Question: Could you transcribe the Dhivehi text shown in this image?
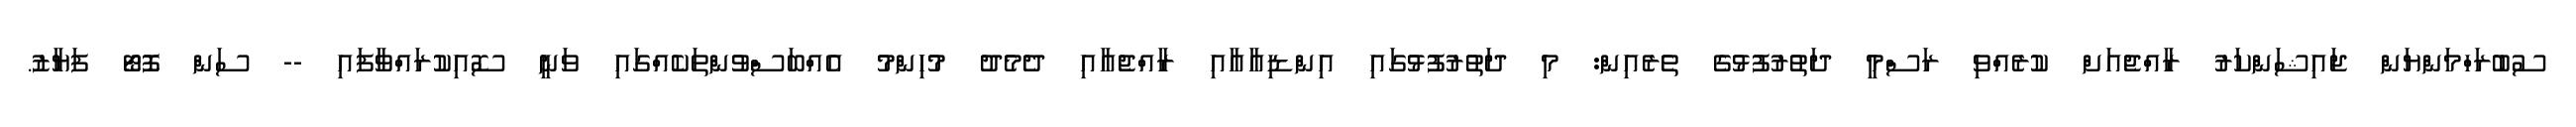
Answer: ސުބުރަހްމަންޔަން ޖައިޝަންކަރު ރާއްޖެއަށް ކުރެއްވި ރަސްމީ ދަތުރުފުޅުގެ ތެރެއިން: މި ދަތުރުފުޅުގައި އިންޑިއާއާއި ރާއްޖެއާއި ދެމެދު މުހިންމު އެއްބަސްވުންތަކެއްގައި ވަނީ ސޮއިކުރައްވާފައި -- ސަން ފޮޓޯ ފަޔާޒު.